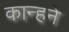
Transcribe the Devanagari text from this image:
कान्हने